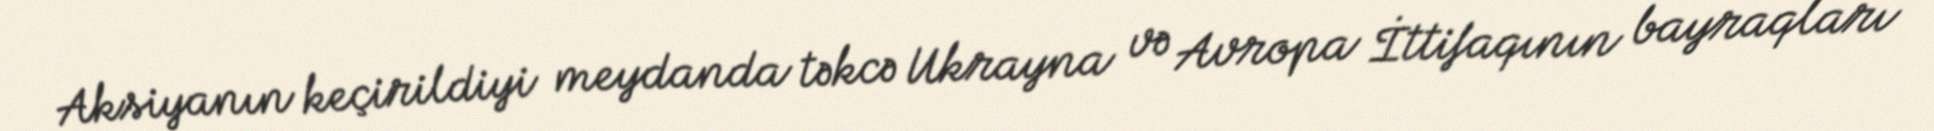
Aksiyanın keçirildiyi meydanda təkcə Ukrayna və Avropa İttifaqının bayraqları